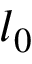
l _ { 0 }